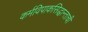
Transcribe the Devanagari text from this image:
कर्मविपाकसिद्धान्ताची